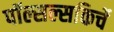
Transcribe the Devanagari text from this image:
पॉल्सल्सकिर्चे